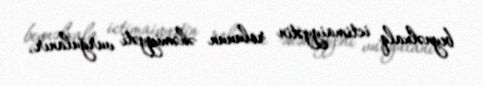
beynəlxalq ictimaiyyətin rolunun əhəmiyyəti vurğulanır.